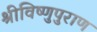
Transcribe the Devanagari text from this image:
श्रीविष्णुपुराण